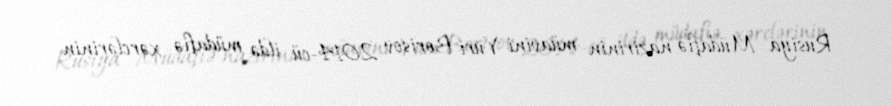
Rusiya Müdafiə nazirinin müavini Yuri Borisov 2014-cü ildə müdafiə xərclərinin